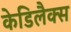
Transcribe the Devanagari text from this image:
केडिलैक्‍स